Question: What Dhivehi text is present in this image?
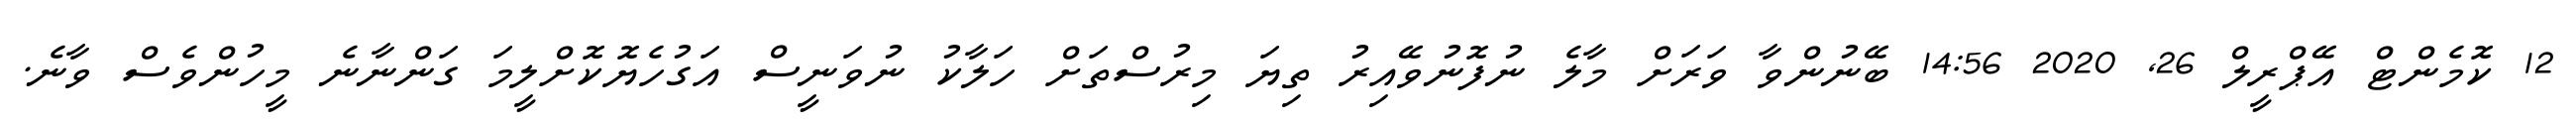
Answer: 12 ކޮމެންޓް އޭޕްރީލް 26, 2020 14:56 ބޭނުންވާ ވަރަށް މާލެ ނުފޮނުވޭއިރު ތިޔަ މިރުސްތަށް ހަލާކު ނުވަނީސް އަގުހެޔޮކޮށްލީމަ ގަންނާނެ މީހުންވެސް ވާނެ.